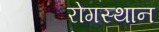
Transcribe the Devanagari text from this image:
रोगस्थान